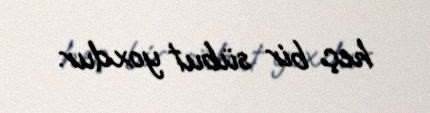
heç bir sübut yoxdur.